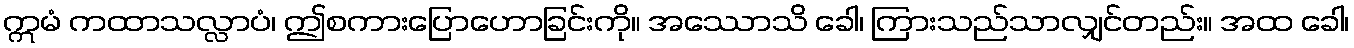
ဣမံ ကထာသလ္လာပံ၊ ဤစကားပြောဟောခြင်းကို။ အဿောသိ ခေါ၊ ကြားသည်သာလျှင်တည်း။ အထ ခေါ၊